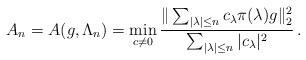
LaTeX: \begin{align*} A_n = A(g, \Lambda _n) = \min _{c\neq 0} \frac{\|\sum _{|\lambda | \leq n} c_\lambda \pi (\lambda ) g\|_2^2}{\sum _{|\lambda |\leq n} |c_\lambda |^2} \, .\end{align*}